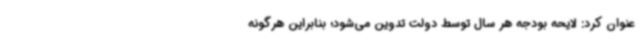
عنوان کرد: لایحه بودجه هر سال توسط دولت تدوین می‌شود؛ بنابراین هرگونه